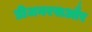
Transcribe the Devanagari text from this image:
डीजनरसऔर